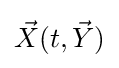
{\textstyle {\vec {X}}(t,{\vec {Y}})}